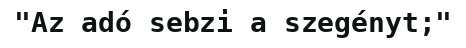
"Az adó sebzi a szegényt;"